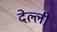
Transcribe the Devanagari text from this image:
देल्ली